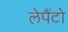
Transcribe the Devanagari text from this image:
लेपैंटो